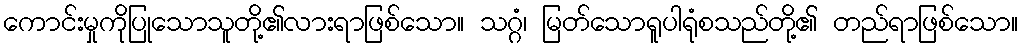
ကောင်းမှုကိုပြုသောသူတို့၏လားရာဖြစ်သော။ သဂ္ဂံ၊ မြတ်သောရူပါရုံစသည်တို့၏ တည်ရာဖြစ်သော။